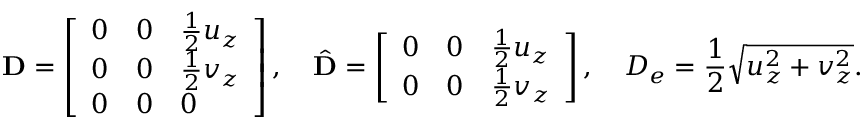
\mathbf { D } = \left[ \begin{array} { l l l } { 0 } & { 0 } & { \frac 1 2 u _ { z } } \\ { 0 } & { 0 } & { \frac 1 2 v _ { z } } \\ { 0 } & { 0 } & { 0 } \end{array} \right] , \quad \hat { \mathbf { D } } = \left[ \begin{array} { l l l } { 0 } & { 0 } & { \frac 1 2 u _ { z } } \\ { 0 } & { 0 } & { \frac 1 2 v _ { z } } \end{array} \right] , \quad D _ { e } = \frac { 1 } { 2 } \sqrt { u _ { z } ^ { 2 } + v _ { z } ^ { 2 } } .